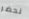
نحضر